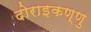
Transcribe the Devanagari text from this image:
दोराइकण्णु